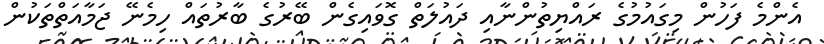
އެންމެ ފަހުން މިގައުމުގެ ރައްޔިތުންނާއި ދައުލަތް ގޮވައިގެން ބޭރުގެ ބާރުތައް ހިމެނޭ ޖަމާއަތްތަކުން